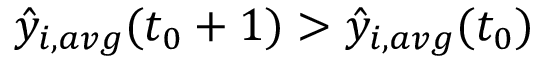
\hat { y } _ { i , a v g } ( t _ { 0 } + 1 ) > \hat { y } _ { i , a v g } ( t _ { 0 } )